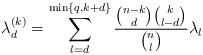
\begin{align*}\lambda^{(k)}_d = \sum_{l = d}^{\min\{q, k+d\}} \frac{\binom{n-k}{d}\binom{k}{l-d}}{\binom{n}{l}}\lambda_{l}\end{align*}